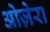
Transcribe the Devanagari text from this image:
ओज़ेरा